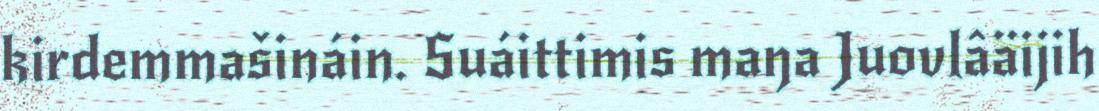
kirdemmašináin. Suáittimis maŋa Juovlâäijih